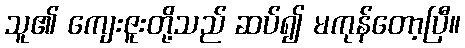
သူ၏ ကျေးဇူးတို့သည် ဆပ်၍ မကုန်တော့ပြီ။